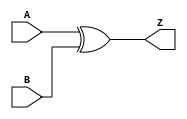
module xor_gate(
    input A,
    input B,
    output Z
);

assign Z = A ^ B;

endmodule